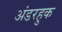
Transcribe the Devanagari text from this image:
अंडरहुक